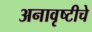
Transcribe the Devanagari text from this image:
अनावृष्टीचे